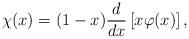
LaTeX: \begin{align*} \chi(x) = (1 - x) \frac{d}{dx}\left[x\varphi(x)\right],\end{align*}